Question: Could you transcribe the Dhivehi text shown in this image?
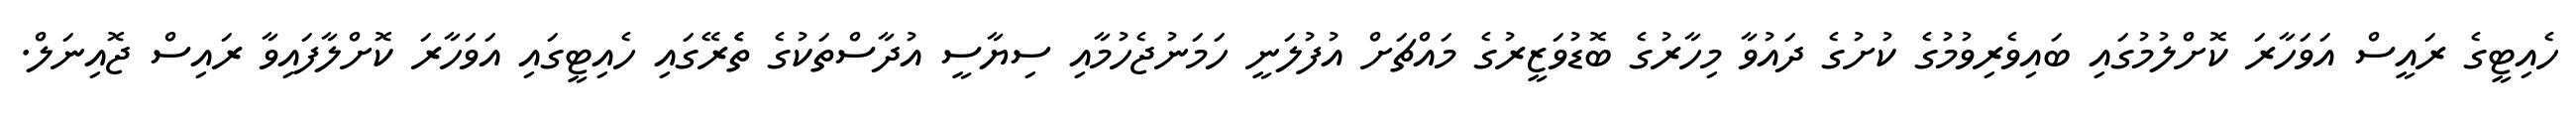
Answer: ހެއިޓީގެ ރައީސް އަވަހާރަ ކޮށްލުމުގައި ބައިވެރިވުމުގެ ކުށުގެ ދައުވާ މިހާރުގެ ބޮޑުވަޒީރުގެ މައްޗަށް އުފުލަނީ ހަމަނުޖެހުމާއި ސިޔާސީ އުދާސްތަކުގެ ތެެރޭގައި ހެއިޓީގައި އަވަހާރަ ކޮށްލާފައިވާ ރައިސް ޖޮއިނަލް.